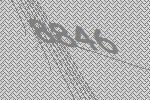
8846